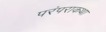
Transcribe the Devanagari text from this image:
परंपराकथा